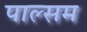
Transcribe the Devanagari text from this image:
पाल्सम